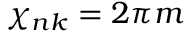
\chi _ { n k } = 2 \pi m